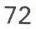
72